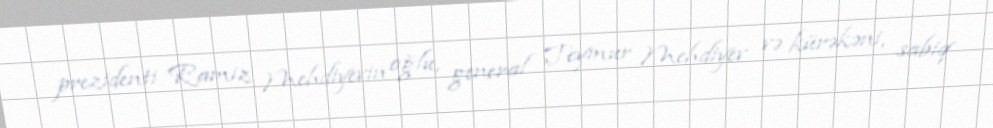
prezidenti Ramiz Mehdiyevin oğlu, general Teymur Mehdiyev və kürəkəni, sabiq